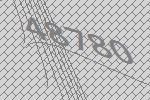
48780